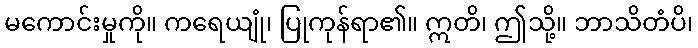
မကောင်းမှုကို။ ကရေယျုံ၊ ပြုကုန်ရာ၏။ ဣတိ၊ ဤသို့။ ဘာသိတံပိ၊